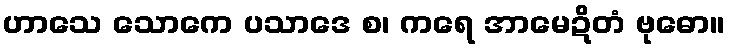
ဟာသေ သောကေ ပသာဒေ စ၊ ကရေ အာမေဍိတံ ဗုဓော။